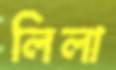
লিলা